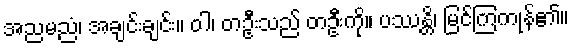
အညမညံ၊ အချင်းချင်း။ ဝါ၊ တဦးသည် တဦးကို။ ပဿန္တိ၊ မြင်ကြကုန်၏။